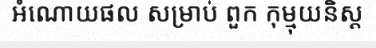
អំណោយផល សម្រាប់ ពួក កុម្មុយនិស្ត